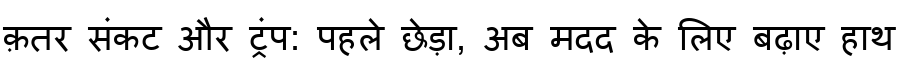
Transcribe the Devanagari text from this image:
क़तर संकट और ट्रंप: पहले छेड़ा, अब मदद के लिए बढ़ाए हाथ